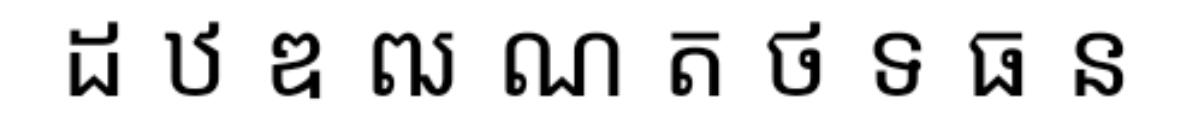
ដ ឋ ឌ ឍ ណ ត ថ ទ ធ ន